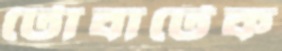
টোবাটেক